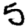
Digit: 5